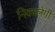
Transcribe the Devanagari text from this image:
निकालेगी